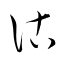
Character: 詁